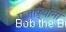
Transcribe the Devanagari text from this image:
पुजाऱ्यांना